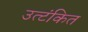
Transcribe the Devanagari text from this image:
उत्टंकित